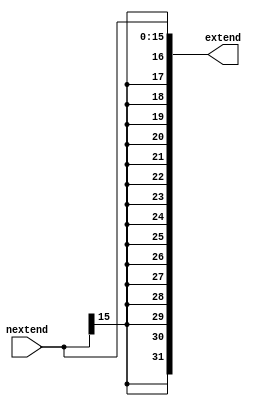
`timescale 1ns / 1ps

/*  s_extend.v  */

module s_extend(
    input   wire    [15:0] nextend,
    output  reg     [31:0] extend
);

    always@ * 
    begin
        // Replicate signed bit 16 times then cancatinate
        extend <= {{16{nextend[15]}}, nextend};
    end

endmodule